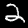
Digit: 2